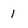
Character: 1